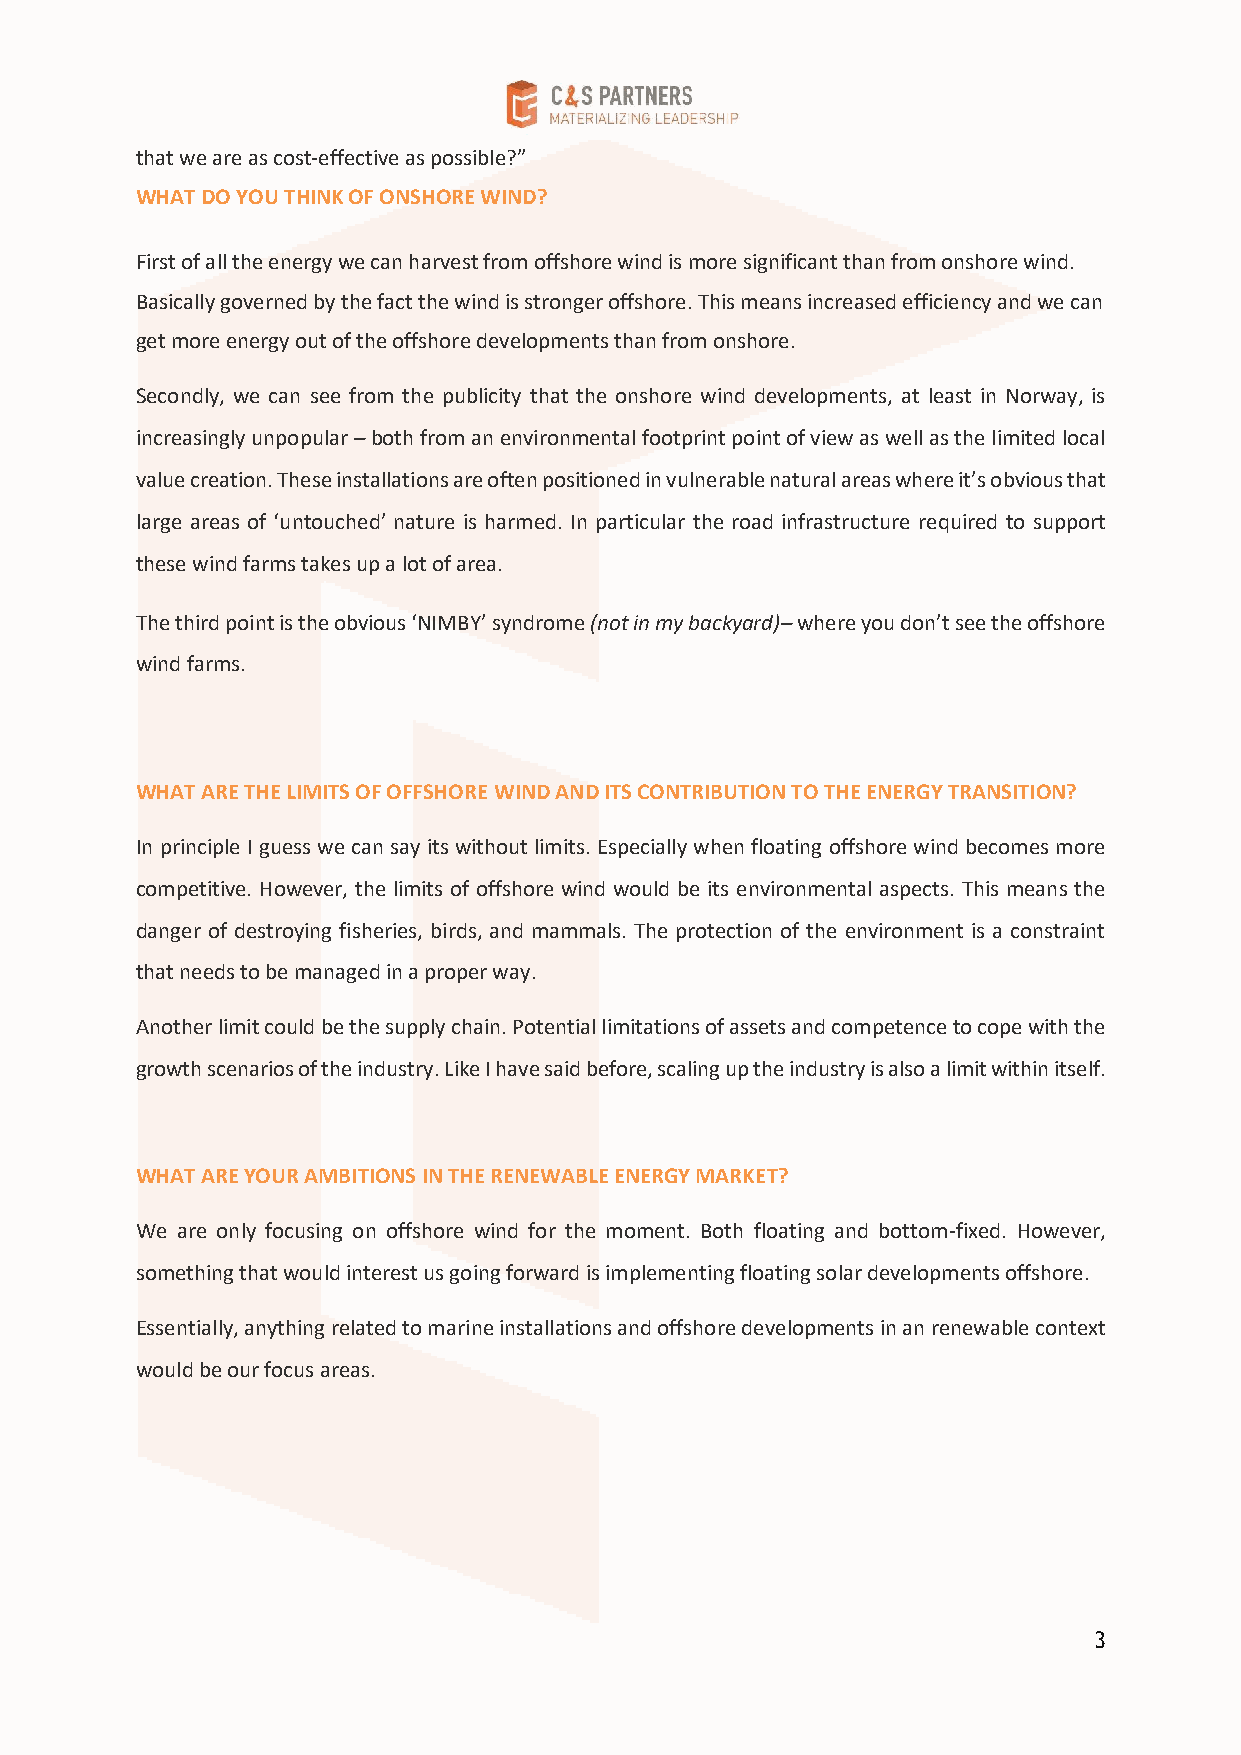
that we are as cost-effective as possible?”
 WHAT DO YOU THINK OF ONSHORE WIND?
 First of all the energy we can harvest from offshore wind is more significant than from onshore wind.
 Basically governed by the fact the wind is stronger offshore. This means increased efficiency and we can
 get more energy out of the offshore developments than from onshore.
 Secondly, we can see from the publicity that the onshore wind developments, at least in Norway, is
 increasingly unpopular – both from an environmental footprint point of view as well as the limited local
 value creation. These installations are often positioned in vulnerable natural areas where it’s obvious that
 large areas of ‘untouched’ nature is harmed. In particular the road infrastructure required to support
 these wind farms takes up a lot of area.
 The third point is the obvious ‘NIMBY’ syndrome (not in my backyard)– where you don’t see the offshore
 wind farms.
 WHAT ARE THE LIMITS OF OFFSHORE WIND AND ITS CONTRIBUTION TO THE ENERGY TRANSITION?
 In principle I guess we can say its without limits. Especially when floating offshore wind becomes more
 competitive. However, the limits of offshore wind would be its environmental aspects. This means the
 danger of destroying fisheries, birds, and mammals. The protection of the environment is a constraint
 that needs to be managed in a proper way.
 Another limit could be the supply chain. Potential limitations of assets and competence to cope with the
 growth scenarios of the industry. Like I have said before, scaling up the industry is also a limit within itself.
 WHAT ARE YOUR AMBITIONS IN THE RENEWABLE ENERGY MARKET?
 We are only focusing on offshore wind for the moment. Both floating and bottom-fixed. However,
 something that would interest us going forward is implementing floating solar developments offshore.
 Essentially, anything related to marine installations and offshore developments in an renewable context
 would be our focus areas.
 3